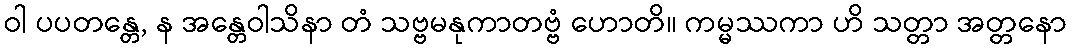
ဝါ ပပတန္တေ, န အန္တေဝါသိနာ တံ သဗ္ဗမနုကာတဗ္ဗံ ဟောတိ။ ကမ္မဿကာ ဟိ သတ္တာ အတ္တနော